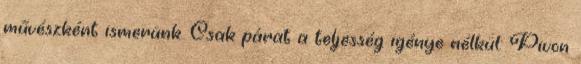
művészként ismerünk. Csak párat a teljesség igénye nélkül: Pivon